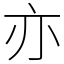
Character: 亦